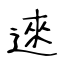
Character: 逨